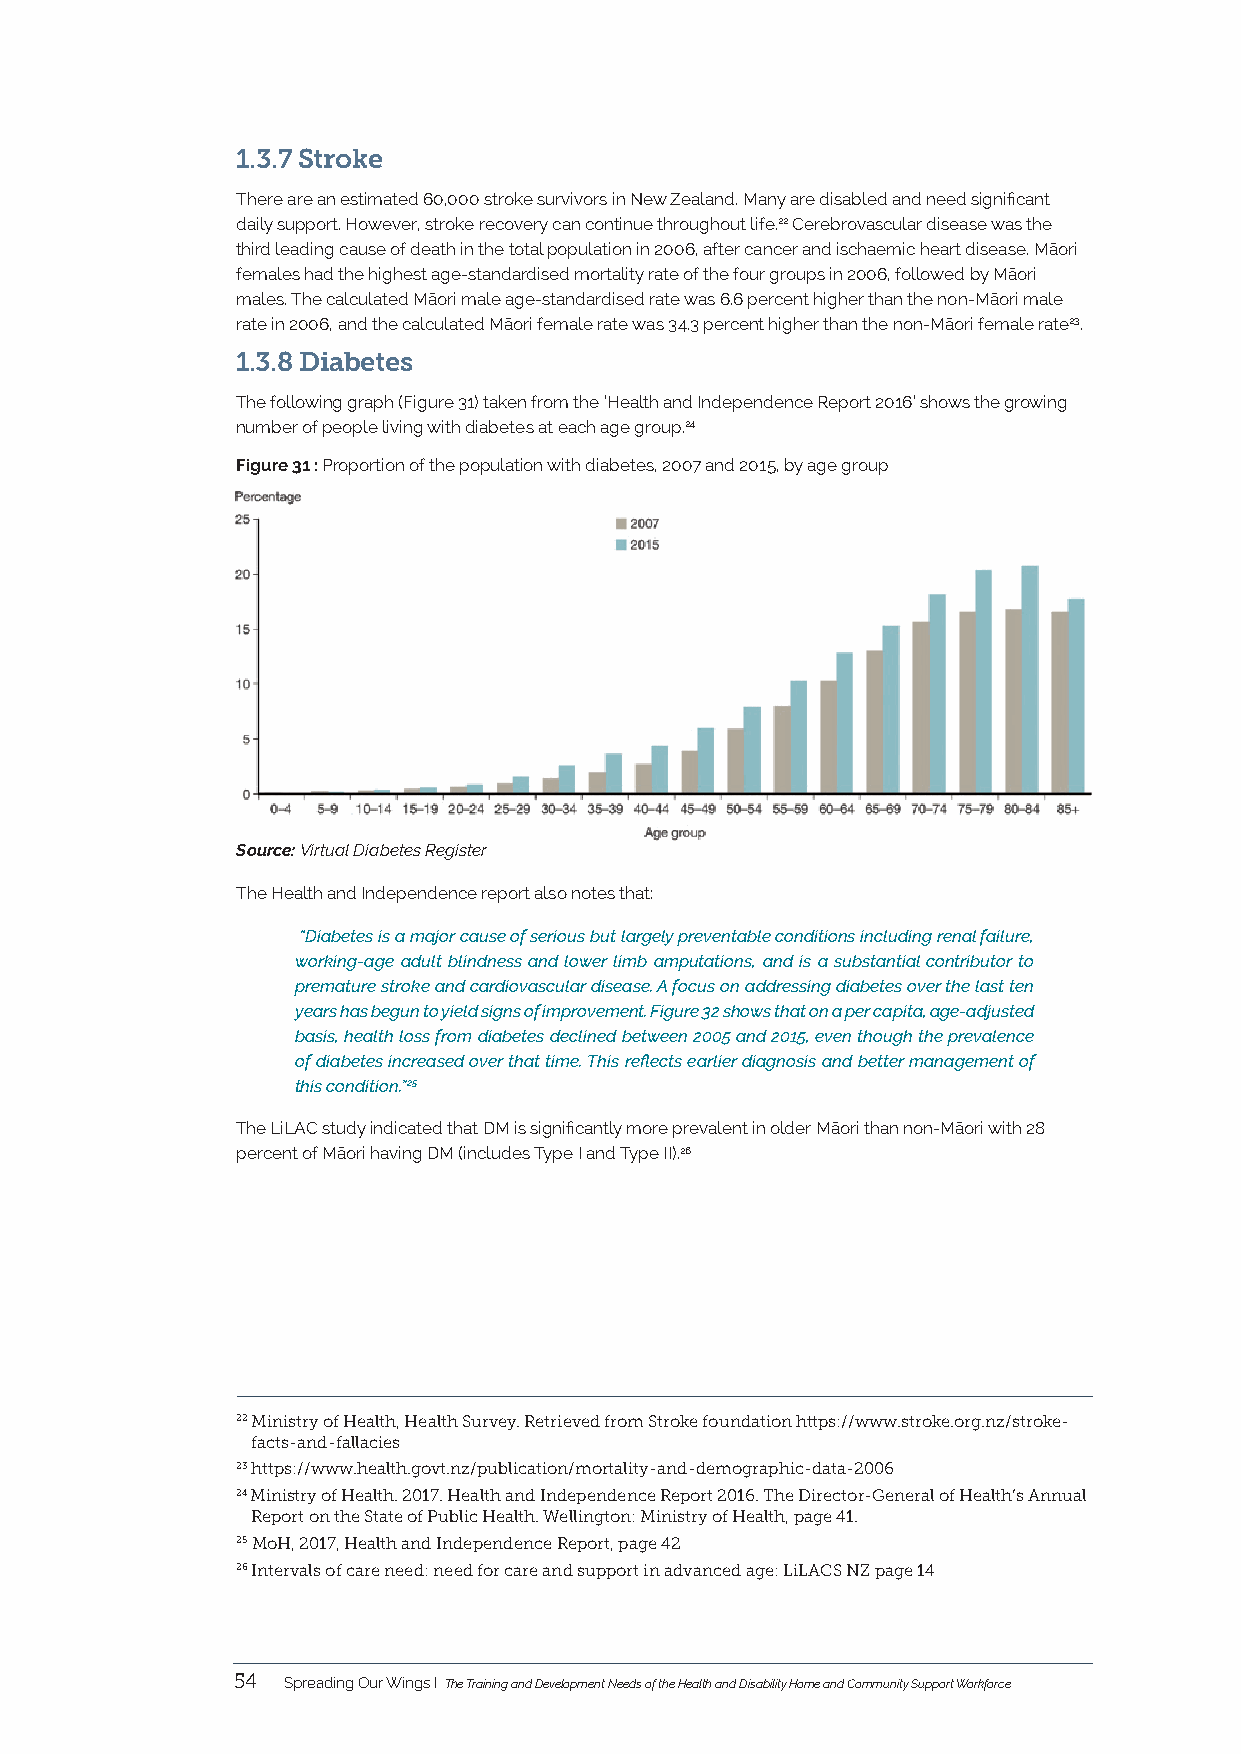
1.3.7 Stroke
 There are an estimated 60,000 stroke survivors in New Zealand. Many are disabled and need significant
 daily support. However, stroke recovery can continue throughout life.22 Cerebrovascular disease was the
 third leading cause of death in the total population in 2006, after cancer and ischaemic heart disease. Māori
 females had the highest age-standardised mortality rate of the four groups in 2006, followed by Māori
 males. The calculated Māori male age-standardised rate was 6.6 percent higher than the non-Māori male
 rate in 2006, and the calculated Māori female rate was 34.3 percent higher than the non-Māori female rate23.
 1.3.8 Diabetes
 The following graph (Figure 31) taken from the ‘Health and Independence Report 2016’ shows the growing
 number of people living with diabetes at each age group.24
 Figure 31 : Proportion of the population with diabetes, 2007 and 2015, by age group
 Source: Virtual Diabetes Register
 The Health and Independence report also notes that:
 “Diabetes is a major cause of serious but largely preventable conditions including renal failure,
 working-age adult blindness and lower limb amputations, and is a substantial contributor to
 premature stroke and cardiovascular disease. A focus on addressing diabetes over the last ten
 years has begun to yield signs of improvement. Figure 32 shows that on a per capita, age-adjusted
 basis, health loss from diabetes declined between 2005 and 2015, even though the prevalence
 of diabetes increased over that time. This reflects earlier diagnosis and better management of
 this condition.”25
 The LiLAC study indicated that DM is significantly more prevalent in older Māori than non-Māori with 28
 percent of Māori having DM (includes Type I and Type II).26
 22 Ministry of Health, Health Survey. Retrieved from Stroke foundation https://www.stroke.org.nz/stroke-
 facts-and-fallacies
 23 https://www.health.govt.nz/publication/mortality-and-demographic-data-2006
 24 Ministry of Health. 2017. Health and Independence Report 2016. The Director-General of Health’s Annual
 Report on the State of Public Health. Wellington: Ministry of Health, page 41.
 25 MoH, 2017, Health and Independence Report, page 42
 26 Intervals of care need: need for care and support in advanced age: LiLACS NZ page 14
 54  Spreading Our Wings I The Training and Development Needs of the Health and Disability Home and Community Support Workforce